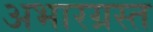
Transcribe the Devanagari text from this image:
अभारग्रस्त